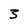
Character: 3